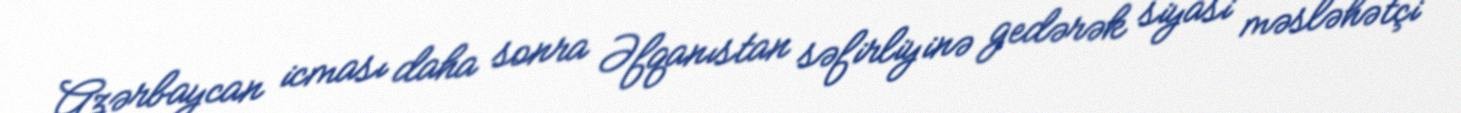
Azərbaycan icması daha sonra Əfqanıstan səfirliyinə gedərək siyasi məsləhətçi